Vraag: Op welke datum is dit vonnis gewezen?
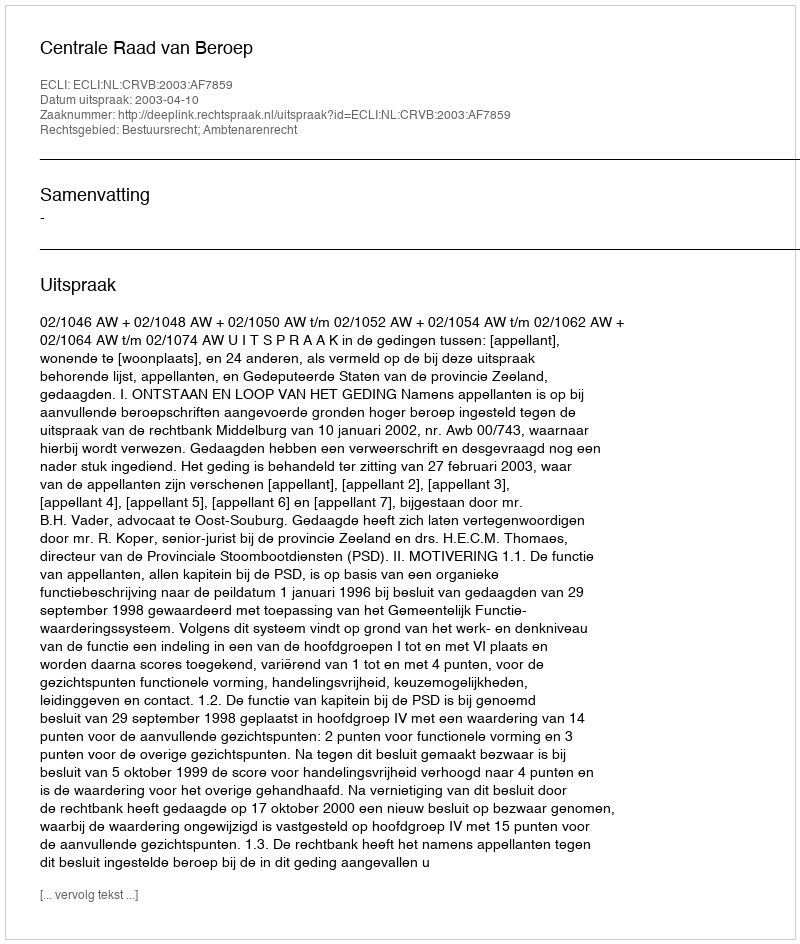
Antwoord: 2003-04-10